Leaving Certificate Examination, 1913
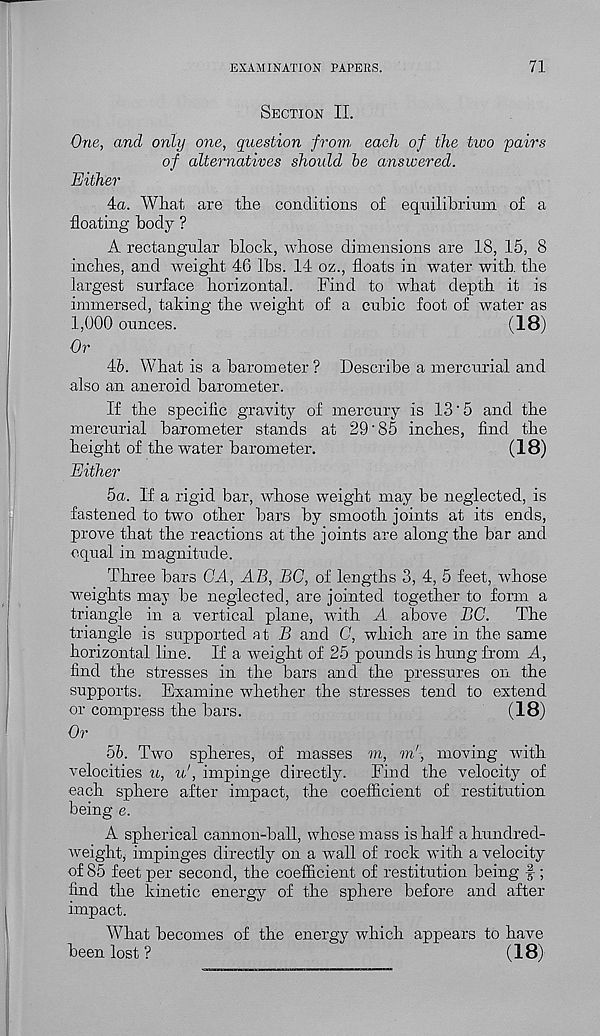
EXAMINATION PAPERS.
71
Section II.
One, and only one, question from each of the two 'pairs
of alternatives should he answered.
Either
4a. What are the conditions of equilibrium of a
floating body ?
A rectangular block, whose dimensions are 18, 15, 8
inches, and weight 46 lbs. 14 oz., floats in water with, the
largest surface horizontal.
Find to what depth it is
immersed, taking the weight of a cubic foot of water as
1,000 ounces.
(18)
Or
45. What is a barometer ? Describe a mercurial and
also an aneroid barometer.
If the specific gravity of mercury is 13‘5 and the
mercurial barometer stands at 29'85 inches, find the
height of the water barometer.
(18)
Either
5a. If a rigid bar, whose weight may be neglected, is
fastened to two other bars by smooth joints at its ends,
prove that the reactions at the joints are along the bar and
equal in magnitude.
Three bars GA, AB, BC, of lengths 3, 4, 5 feet, whose
weights may be neglected, are jointed together to form a
triangle in a vertical plane, with A above BC.
The
triangle is supported at B and C, which are in the same
horizontal line. If a weight of 25 pounds is hung from A,
find the stresses in the bars and the pressures on the
supports. Examine whether the stresses tend to extend
or compress the bars.
(18)
Or
55. Two spheres, of masses m, to', moving with
velocities u, u', impinge directly.
Find the velocity of
each sphere after impact, the coefficient of restitution
being e.
A spherical cannon-ball, whose mass is half a hundred-
weight; impinges directly 7 ' on a wall of rock with a velocity
of 85 feet per second, the coefficient of restitution being f ;
find the kinetic energy of the sphere before and after
impact.
What becomes of the energy which appears to have
been lost?
(18)